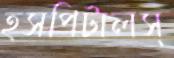
হসপিটালস্